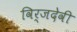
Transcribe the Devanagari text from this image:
विर्जदेवी